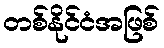
တစ်နိုင်ငံအဖြစ်